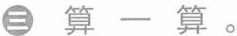
三 算一算。